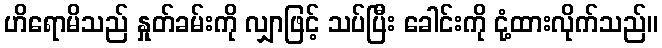
ဟိရောမိသည် နှုတ်ခမ်းကို လျှာဖြင့် သပ်ပြီး ခေါင်းကို ငုံ့ထားလိုက်သည်။